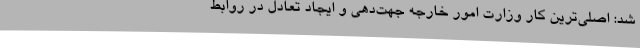
شد: اصلی‌ترین کار وزارت امور خارجه جهت‌دهی و ایجاد تعادل در روابط